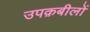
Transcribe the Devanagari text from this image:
उपक़बीलों